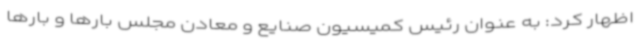
اظهار کرد: به عنوان رئیس کمیسیون صنایع و معادن مجلس بارها و بارها